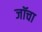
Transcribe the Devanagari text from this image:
जॉचा